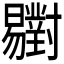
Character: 𣌒